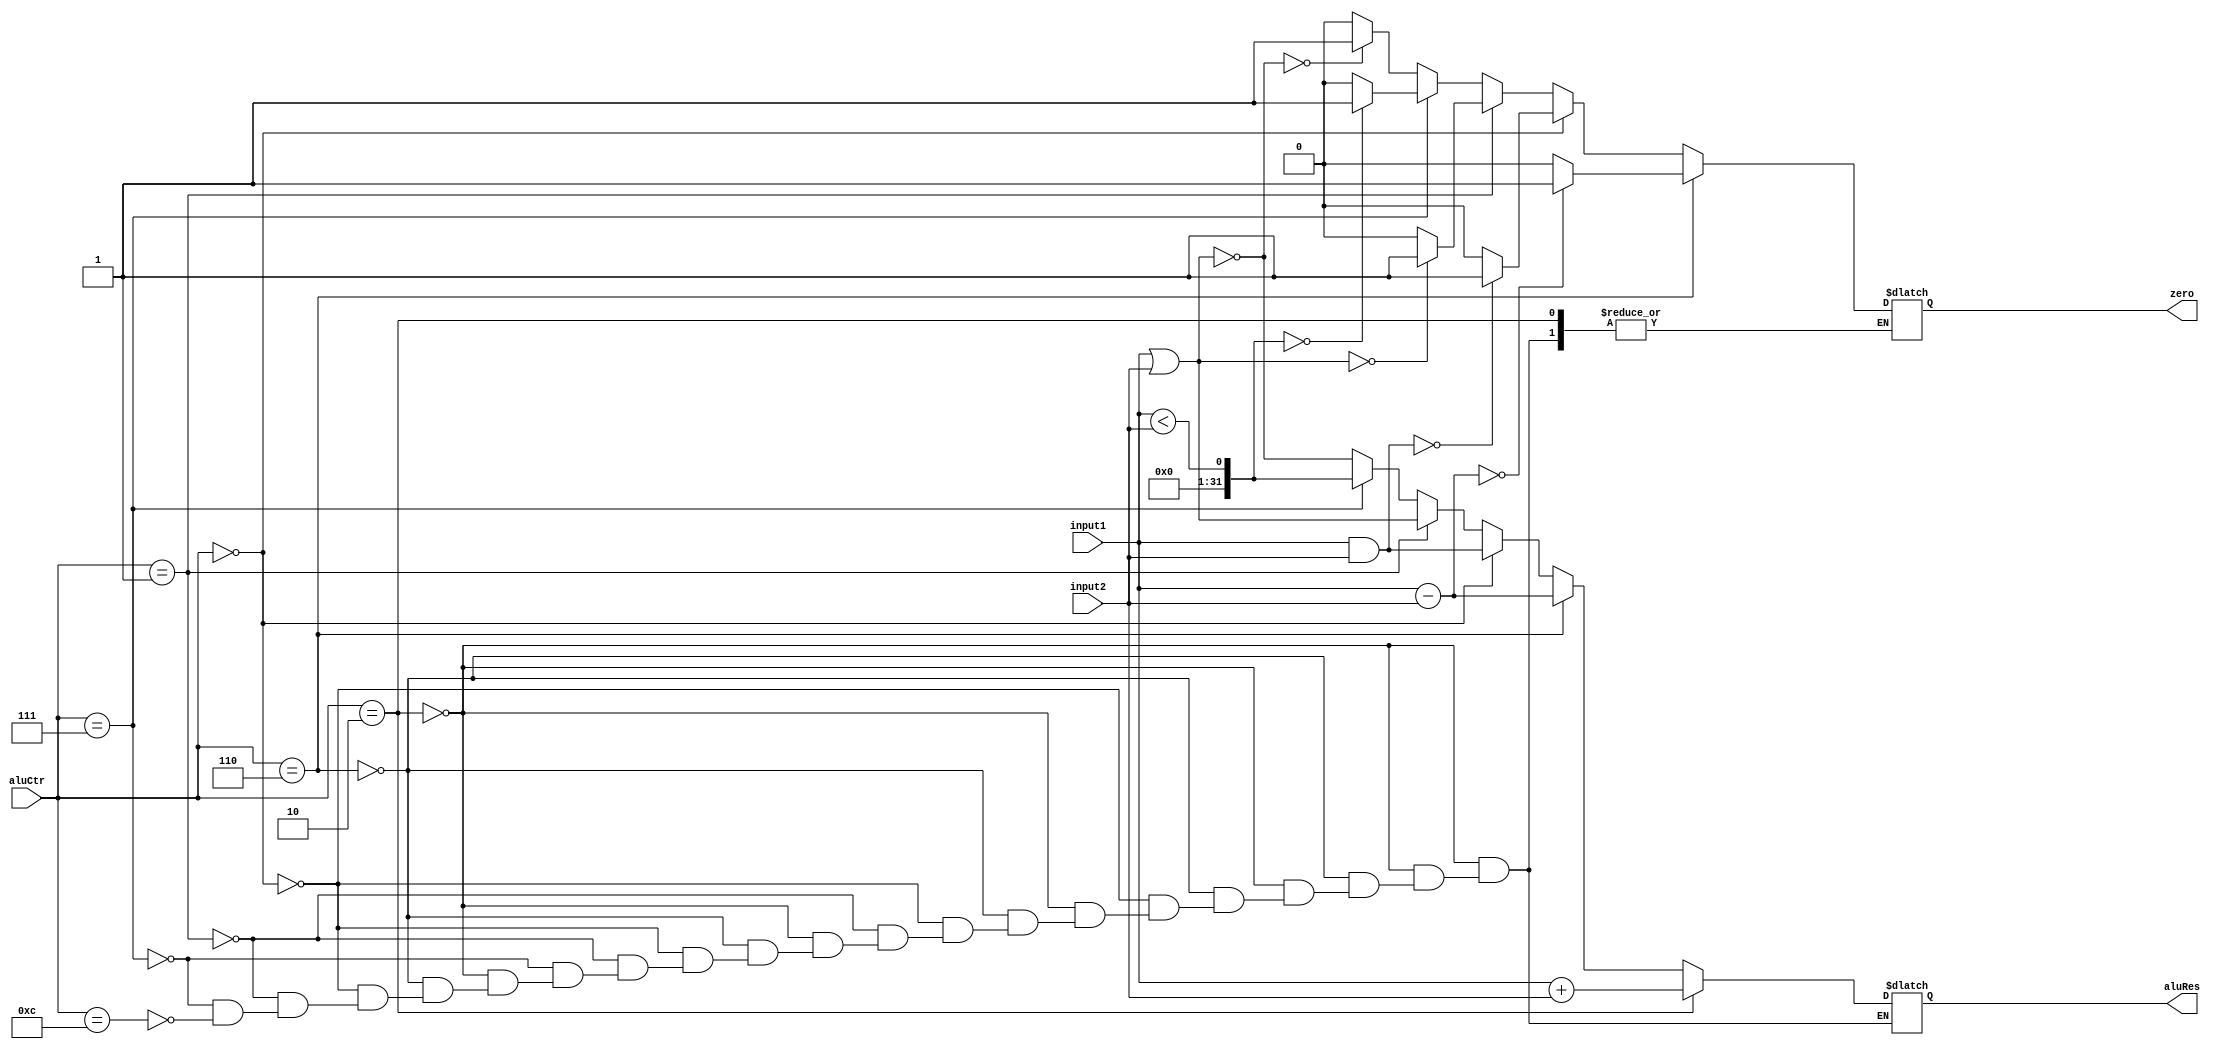
`timescale 1ns / 1ps
//////////////////////////////////////////////////////////////////////////////////
// Company: 
// Engineer: 
// 
// Design Name: 
// Module Name:    Alu 
// Project Name: 
// Target Devices: 
// Tool versions: 
// Description: 
//
// Dependencies: 
//
// Revision: 
// Revision 0.01 - File Created
// Additional Comments: 
//
//////////////////////////////////////////////////////////////////////////////////
module Alu(input1,input2,aluCtr,zero,aluRes);
    input [31:0] input1;
    input [31:0] input2;
    input [3:0] aluCtr;
    output zero;
    output [31:0] aluRes;
	 reg zero;
	 reg [31:0] aluRes;
	 
	 always @ (input1 or input2 or aluCtr)
	 begin
	     if(aluCtr == 4'b0010) //add
		     aluRes = input1 + input2;
		   else if(aluCtr == 4'b0110) //sub
			begin
			    aluRes = input1 - input2;
				 if(aluRes == 0)
				     zero = 1;
				 else
				     zero = 0;
			end
			else if(aluCtr == 4'b0000) //and
		   begin
			    aluRes = input1&input2;
				 if(aluRes == 0)
				     zero = 1;
				 else
				     zero = 0;
			end
			else if(aluCtr == 4'b0001) //or
			begin
			    aluRes = input1|input2;
				 if(aluRes == 0)
				     zero = 1;
				 else
				     zero = 0;
			end
			else if(aluCtr == 4'b0111) //slt
			begin
			    aluRes = input1 < input2;
				 if(aluRes == 0)
				     zero = 1;
				 else
				     zero = 0;
			end
			else if(aluCtr == 4'b1100) //nor
			begin
			    aluRes = ~(input1|input2);
				 if(aluRes == 0)
				     zero = 1;
				 else
				     zero = 0;
			end
		end
endmodule